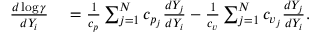
\begin{array} { r l } { \frac { d \log \gamma } { d Y _ { i } } } & { { } = \frac { 1 } { c _ { p } } \sum _ { j = 1 } ^ { N } c _ { p _ { j } } \frac { d Y _ { j } } { d Y _ { i } } - \frac { 1 } { c _ { v } } \sum _ { j = 1 } ^ { N } c _ { v _ { j } } \frac { d Y _ { j } } { d Y _ { i } } . } \end{array}